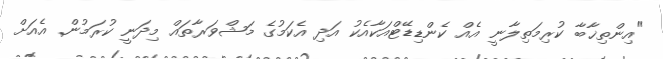
"އިންތިޚާބާ ކުރިމަތިިލާނީ އެއް ކެންޑިޑޭޓްއަކާއެކު އަދި އެކަމުގެ މަޝްވަރާތައް މިދަނީ ކުރަމުން